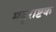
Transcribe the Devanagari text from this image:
मयूराष्टक